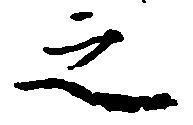
之